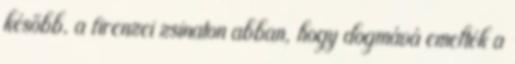
később, a firenzei zsinaton abban, hogy dogmává emelték a